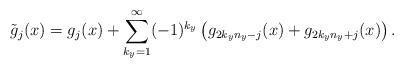
LaTeX: \begin{align*}\tilde{g}_j(x) = g_j(x) + \sum_{k_y=1}^{\infty}(-1)^{k_y}\left(g_{2k_yn_y-j}(x)+g_{2k_yn_y+j}(x)\right).\end{align*}